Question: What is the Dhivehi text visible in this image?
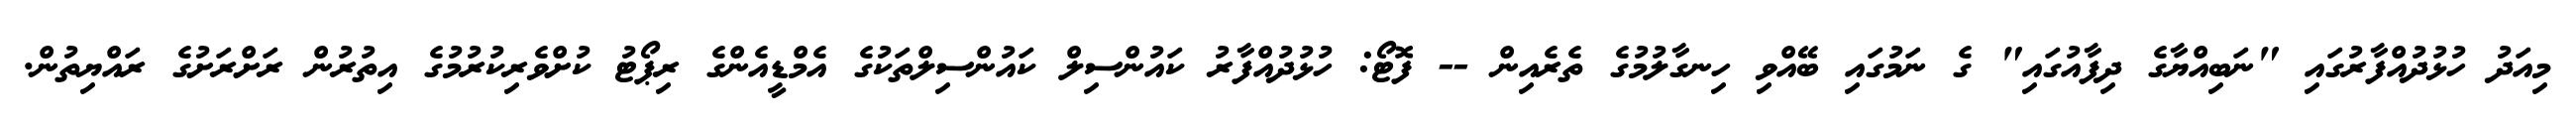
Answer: މިއަދު ހުޅުދުއްފާރުގައި "ނަބިއްޔާގެ ދިފާއުގައި" ގެ ނަމުގައި ބޭއްވި ހިނގާލުމުގެ ތެރެއިން -- ފޮޓޯ: ހުޅުދުއްފާރު ކައުންސިލް ކައުންސިލްތަކުގެ އެމްޑީއެންގެ ރިޕޯޓު ކުށްވެރިކުރުމުގެ އިތުރުން ރަށްރަށުގެ ރައްޔިތުން.